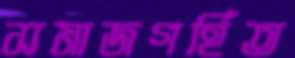
সমাজগর্হিত